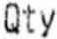
QTY